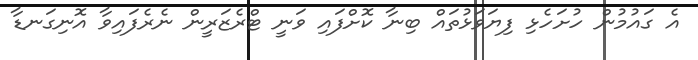
އެ ގައުމުން ހުށަހެޅި ފިޔަވަޅުތައް ބިނާ ކޮށްފައި ވަނީ ޓްރެޒަރީން ނެރެފައިވާ އޮނިގަނޑާ